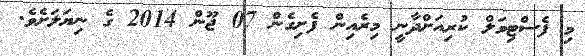
މި ފެސްޓިވަލް ކުރިއަށްދާނީ މިރެއިން ފެށިގެން 07 ޖޫން 2014 ގެ ނިޔަލަށެވެ.